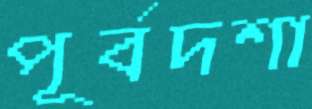
পূর্বদশা